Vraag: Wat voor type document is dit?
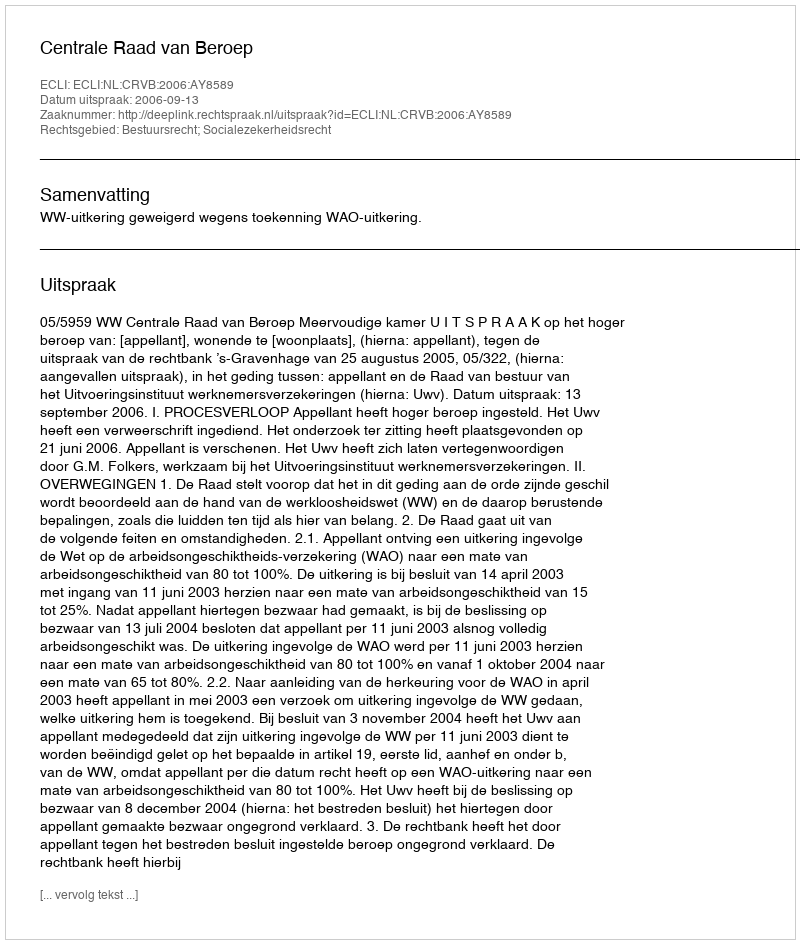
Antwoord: Uitspraak